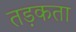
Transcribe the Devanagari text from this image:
तड़कता